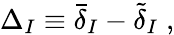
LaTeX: \Delta_{I}\equiv{\bar{\delta}}_{I}-\tilde{\delta}_{I}\; ,